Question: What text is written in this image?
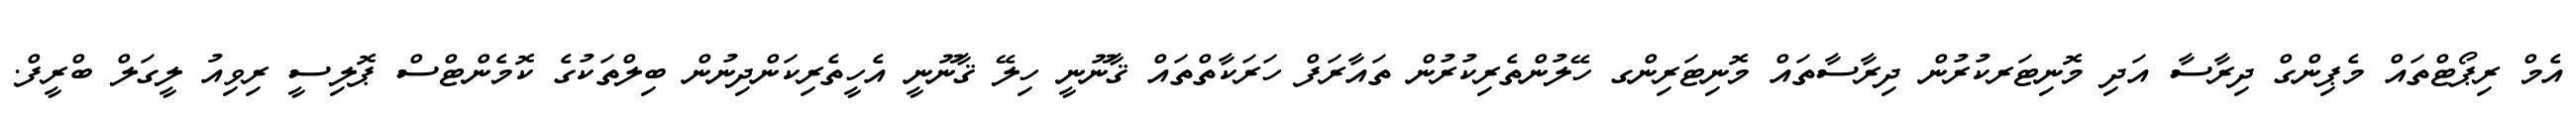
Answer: އެމް ރިޕޯޓްތައް މެޕިންގް ދިރާސާ އަދި މޮނިޓަރކުރުން ދިރާސާތައް މޮނިޓަރިންގ ހޭލުންތެރިކުރުން ތައާރަފް ހަރަކާތްތައް ޤާނޫނީ ހިލޭ ޤާނޫނީ އެހީތެރިކަންދިނުން ބިލްތަކުގެ ކޮމެންޓްސް ޕޮލިސީ ރިވިއު ލީގަލް ބްރީފް.